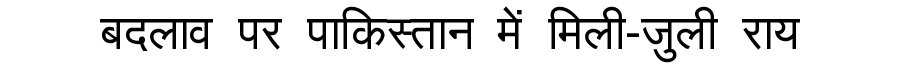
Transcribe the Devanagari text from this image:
बदलाव पर पाकिस्तान में मिली-जुली राय